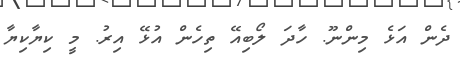
ދެން އަޅެ މިންނޫ. ހާދަ ލޯބިއޭ ތިހެން އުޅޭ އިރު. މީ ކިޔާކިޔާ